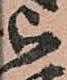
被